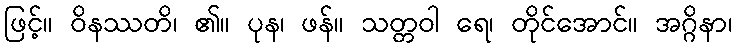
ဖြင့်။ ဝိနဿတိ၊ ၏။ ပုန၊ ဖန်။ သတ္တဝါ ရေ၊ တိုင်အောင်။ အဂ္ဂိနာ၊